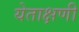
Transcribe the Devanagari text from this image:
येताक्षणी